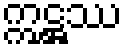
ဣဋ္ဌဿ